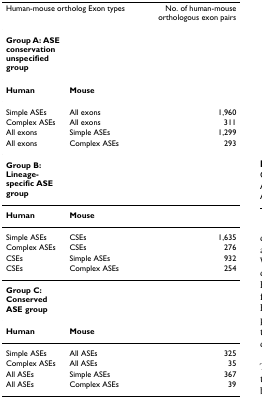
<table><thead><tr><td colspan="2"><b>Human-mouse ortholog Exon types</b></td><td><b>No. of human-mouse orthologous exon pairs</b></td></tr></thead><tbody><tr><td><b>Group A: ASE conservation unspecified group</b></td><td></td><td></td></tr><tr><td><b>Human</b></td><td><b>Mouse</b></td><td></td></tr><tr><td>Simple ASEs</td><td>All exons</td><td>1,960</td></tr><tr><td>Complex ASEs</td><td>All exons</td><td>311</td></tr><tr><td>All exons</td><td>Simple ASEs</td><td>1,299</td></tr><tr><td>All exons</td><td>Complex ASEs</td><td>293</td></tr><tr><td><b>Group B: Lineage-specific ASE group</b></td><td></td><td></td></tr><tr><td><b>Human</b></td><td><b>Mouse</b></td><td></td></tr><tr><td>Simple ASEs</td><td>CSEs</td><td>1,635</td></tr><tr><td>Complex ASEs</td><td>CSEs</td><td>276</td></tr><tr><td>CSEs</td><td>Simple ASEs</td><td>932</td></tr><tr><td>CSEs</td><td>Complex ASEs</td><td>254</td></tr><tr><td><b>Group C: Conserved ASE group</b></td><td></td><td></td></tr><tr><td><b>Human</b></td><td><b>Mouse</b></td><td></td></tr><tr><td>Simple ASEs</td><td>All ASEs</td><td>325</td></tr><tr><td>Complex ASEs</td><td>All ASEs</td><td>35</td></tr><tr><td>All ASEs</td><td>Simple ASEs</td><td>367</td></tr><tr><td>All ASEs</td><td>Complex ASEs</td><td>39</td></tr></tbody></table>